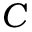
C